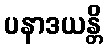
ပနာဒယန္တိ